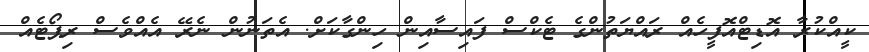
ކީއްކުރާ އޮޑިޓްއޮފީހެއް ރައްޔަތުންގެ ޓެކްސް ފައިސާއިން ހިންގާކަށް. އެތަނުން ނެރޭ އެއްވެސް ރިޕޯޓެއް